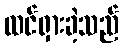
ထင်ရှားခဲ့သည်